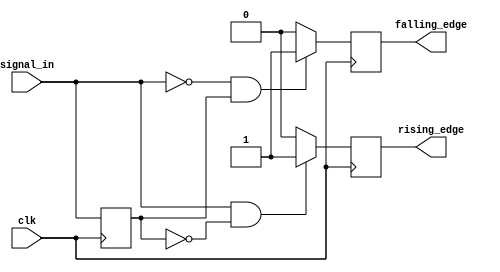
module dual_edge_detector (
    input wire clk,          // Clock signal
    input wire signal_in,    // Input signal
    output reg rising_edge,  // Output signal for rising edge detection
    output reg falling_edge   // Output signal for falling edge detection
);

    reg signal_in_prev; // Register to hold the previous state of signal_in

    always @(posedge clk) begin
        // Detect rising edge
        if (signal_in && !signal_in_prev) begin
            rising_edge <= 1'b1;   // Set rising_edge high
        end else begin
            rising_edge <= 1'b0;   // Reset rising_edge low
        end

        // Detect falling edge
        if (!signal_in && signal_in_prev) begin
            falling_edge <= 1'b1;   // Set falling_edge high
        end else begin
            falling_edge <= 1'b0;   // Reset falling_edge low
        end

        // Update previous state of signal_in
        signal_in_prev <= signal_in;
    end

endmodule